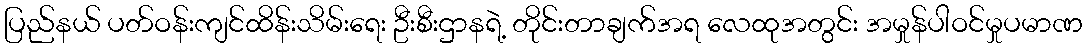
ပြည်နယ် ပတ်ဝန်းကျင်ထိန်းသိမ်းရေး ဦးစီးဌာနရဲ့ တိုင်းတာချက်အရ လေထုအတွင်း အမှုန်ပါဝင်မှုပမာဏ